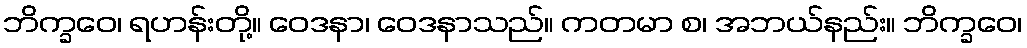
ဘိက္ခဝေ၊ ရဟန်းတို့။ ဝေဒနာ၊ ဝေဒနာသည်။ ကတမာ စ၊ အဘယ်နည်း။ ဘိက္ခဝေ၊